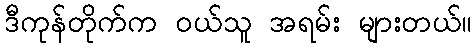
ဒီကုန်တိုက်က ဝယ်သူ အရမ်း များတယ်။